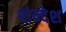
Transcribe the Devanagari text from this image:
शंन्देश